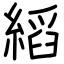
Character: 縚